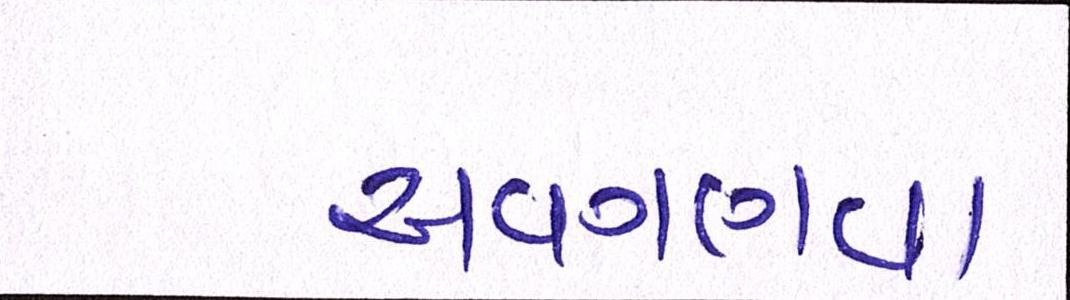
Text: અવગણવા